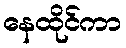
နေထိုင်ကာ